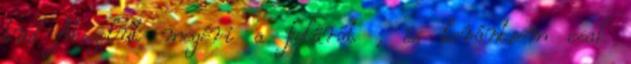
tud Abszolút megéri a felárát , és korántsem csak